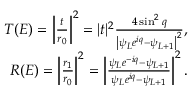
\begin{array} { r l r } & { } & { { T } ( E ) = \left\vert \frac { t } { r _ { 0 } } \right\vert ^ { 2 } = \vert t \vert ^ { 2 } \frac { 4 \sin ^ { 2 } q } { \left\vert \psi _ { L } e ^ { i q } - \psi _ { L + 1 } \right\vert ^ { 2 } } , } \\ & { } & { { R } ( E ) = \left\vert \frac { r _ { 1 } } { r _ { 0 } } \right\vert ^ { 2 } = \left\vert \frac { \psi _ { L } e ^ { - i q } - \psi _ { L + 1 } } { \psi _ { L } e ^ { i q } - \psi _ { L + 1 } } \right\vert ^ { 2 } . } \end{array}